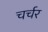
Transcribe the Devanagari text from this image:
चर्चर